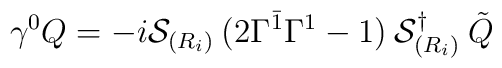
\gamma^0 Q = -i {\cal S}_{(R_i)} \: (2\Gamma^{\bar 1}\Gamma^1-1) \: {\cal S}^{\dagger}_{(R_i)} \:\tilde{Q}